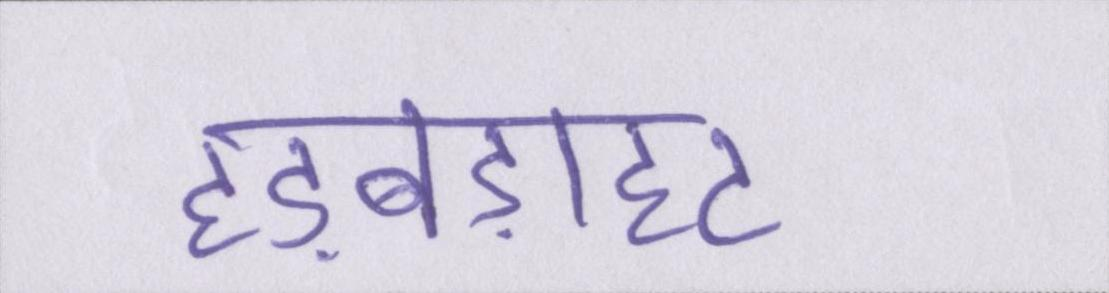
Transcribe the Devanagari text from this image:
हड़बड़ाहट